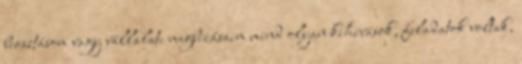
beosztásom vagy vállalati megbízásaim mind olyan kihívások, feladatok voltak,